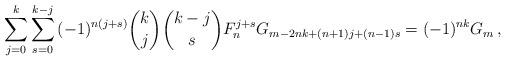
LaTeX: \begin{align*}\sum_{j = 0}^k {\sum_{s = 0}^{k - j} {( - 1)^{n(j + s)} \binom kj\binom {k-j}sF_n ^{j + s} G_{m - 2nk + (n + 1)j + (n - 1)s} } } = ( - 1)^{nk} G_m\,,\end{align*}